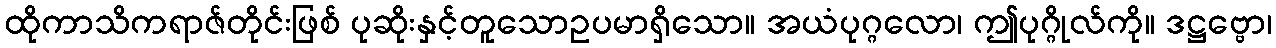
ထိုကာသိကရာဇ်တိုင်းဖြစ် ပုဆိုးနှင့်တူသောဥပမာရှိသော။ အယံပုဂ္ဂလော၊ ဤပုဂ္ဂိုလ်ကို။ ဒဋ္ဌဗ္ဗော၊